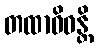
တထာဝိဓန္တိ